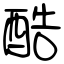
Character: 酷